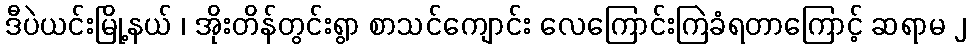
ဒီပဲယင်းမြို့နယ် ၊ အိုးတိန်တွင်းရွာ စာသင်ကျောင်း လေကြောင်းကြဲခံရတာကြောင့် ဆရာမ ၂